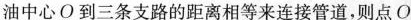
油中心O到三条支路的距离相等来连接管道，则点O